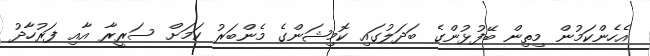
އެހެންކަމުން މިތިން ބޭފުޅުންގެ ބަދަލުގައި ކޮމިޝަންގެ މެންބަރު ކަމަށް ސަރީރާ އާއި ފަރުހާދު